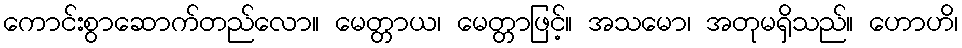
ကောင်းစွာဆောက်တည်လော။ မေတ္တာယ၊ မေတ္တာဖြင့်။ အသမော၊ အတုမရှိသည်။ ဟောဟိ၊